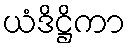
ယံဒိဋ္ဌိကာ